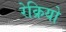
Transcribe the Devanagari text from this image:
रेक्रियो